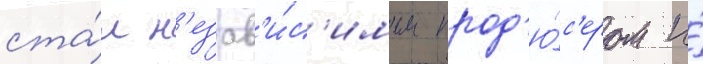
ста́л н'езав'и́с'имым прод'ю́с'ером и́